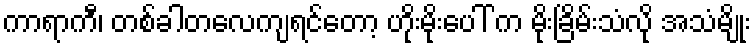
ကာရာကီ၊ တစ်ခါတလေကျရင်တော့ ဟိုးမိုးပေါ် က မိုးခြိမ်းသံလို အသံမျိုး